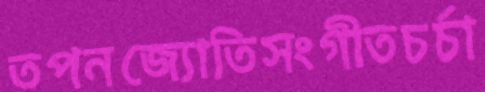
তপনজ্যোতিসংগীতচর্চা